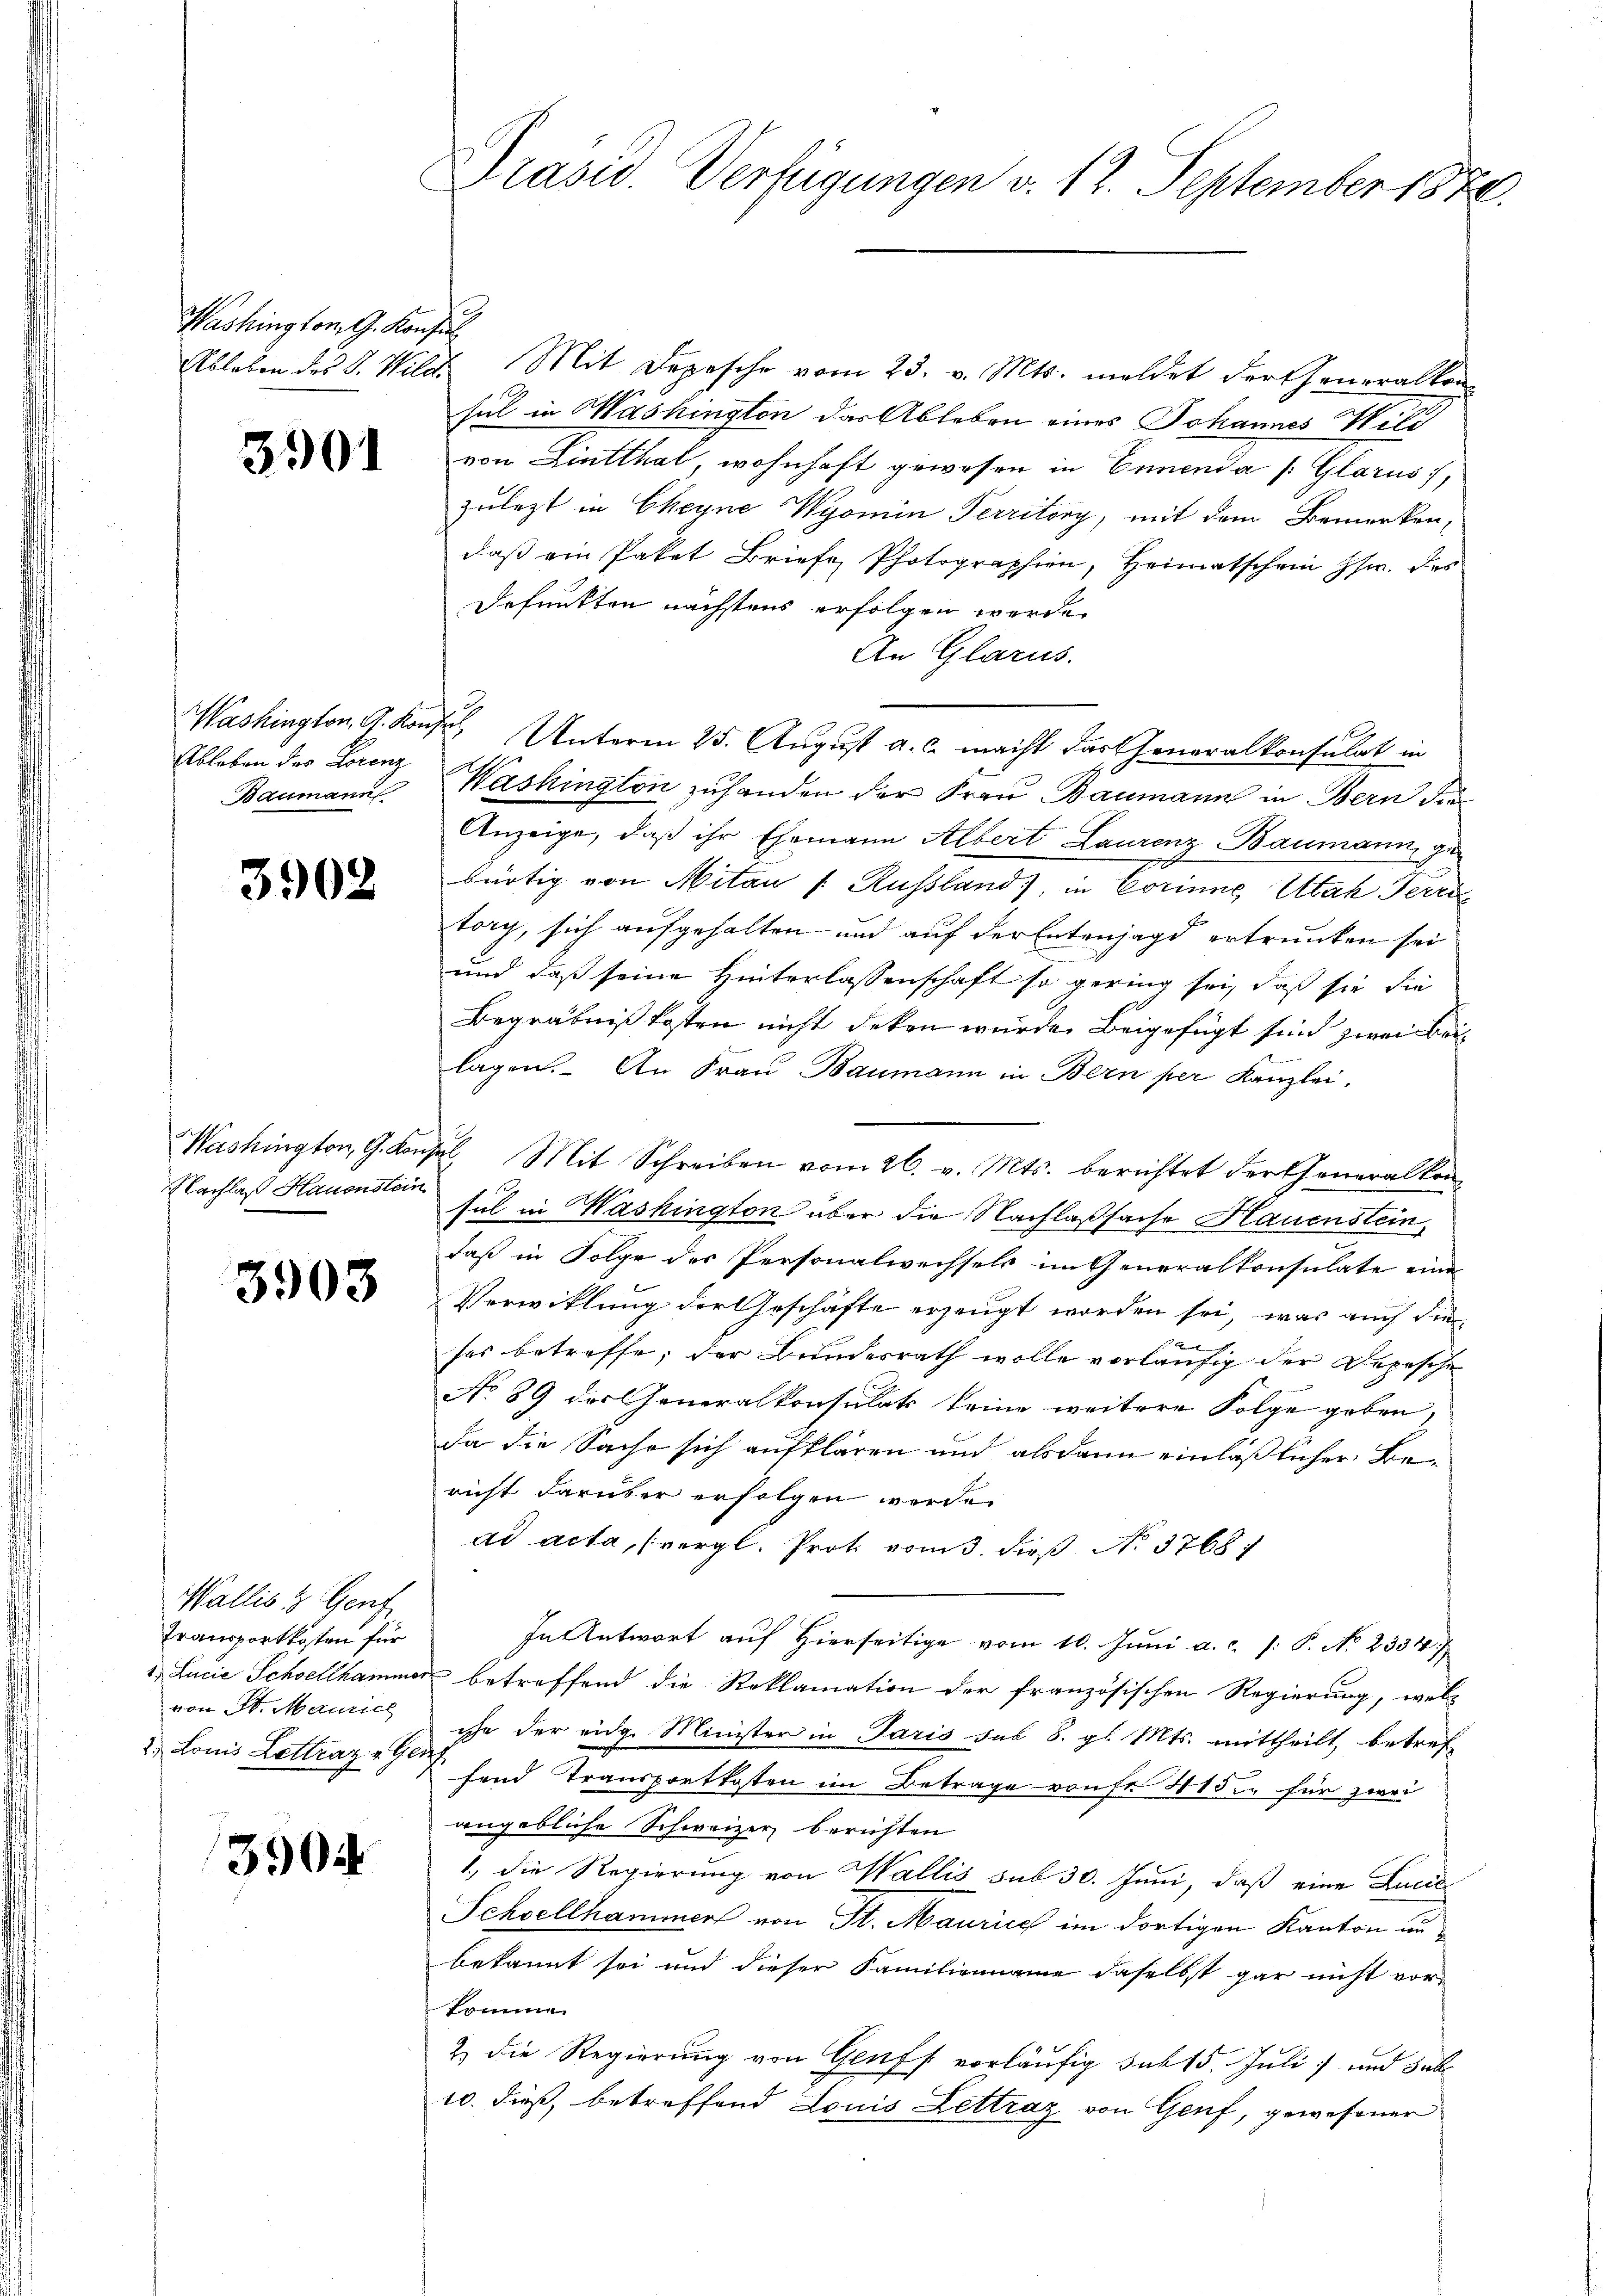
Washington G. Konfir

3901

Ableben des Lorenz
Baumann

3902

Nachlaß Hauenstein

3903

Wallis u Genf
Transportkosten für
1, Lucie Schwellhammer
von St. Maurich
2. Louis Lettraz v. Gen

3904

Präsid. Verfügungen v. 12. September 1870.

2

Ableben des J. Wild. Mit Depesche vom 23. v. Mts. meldet der Generalkon
sul in Washington das Ableben eines Johannes Will
von Lintthal, wohnhaft gewesen in Ennenda /: Glarus,
zulezt in Cheyne Wyomin Territory, mit dem Bemerken,
daβ ein Paket Briefe Photographien, Heimatschein Js. des
defunkten nächstens erfolgen werde.
An Glarus.
Washington, G. Konser Unterm 25. August a. c. macht das Generalkonsulat in
Washington zuhanden der Frau Baumann in Bern die
Anzeige, daß ihr Ehemann Albert Laurenz Baumann, gebürtig von Mitan /: Russland), in Corinne, Utah Terri
torg, sich aufgehalten und auf der Entenjagd ertrunken sei
und daß seine Hinterlassenschaft so gering sei, daß sie die
Begräbnißkosten nicht deken wurde. Beigefügt sind zwei beilagen. An Frau Baumann in Bern per Kanzlei,
Washington, G. Konsul Mit Schreiben vom 26. v. Mts. berichtet der Generalkon-
sul in Washington über die Nachlaßsache Hauenstein,
daß in Folge des Personalwechsels im Generalkonsulate eine
Verwicklung der Geschäfte erzeugt worden sei, was auch die
ses betreffe; der Bundesrath wolle vorläufig der Depesche
No 89 des Generalkonsulats keine weitere Folge geben,
da die Sache sich aufklären und alsdann einläßlicher Bericht darüber erfolgen werde.
ad acta, (vergl. Prot vom 3. dieß N. 3768
In Antwort auf Hierseitige vom 10. Juni a. c. J. P. No 2334. 7
 betreffend die Reklamation der französischen Regierung, welc
ihe der eidg. Minister in Paris des 8. gl. Mts. mittheilt, betref-
fend Transportkosten im Betrage von fr 41 die für zwei
angebliche Schweizer berichten
1., die Regierung von Wallis sub 30. Juni, daß eine Lucia
Schwellhammer von St. Maurice im dortigen Kanton anbekannt sei und dieser Familienname daselbst gar nicht vorkomme
2) die Regierung von Genf vorläufig Jak 15. Juli und dabe
10. dieß, betreffend Louis Lettraz von Genf, gewesener